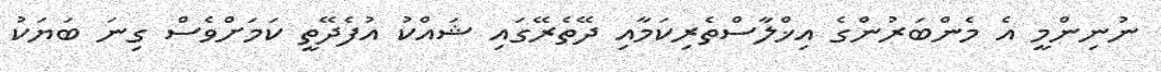
ނުނިންމީ އެ މެންބަރުންގެ އިޚްލާސްތެރިކަމާއި ދޭތެރޭގައި ޝައްކު އުފެދޭތީ ކަމަށްވެސް ގިނަ ބަޔަކު